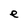
Character: e